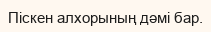
Піскен алхорының дәмі бар.